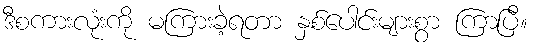
ဒီစကားလုံးကို မကြားခဲ့ရတာ နှစ်ပေါင်းများစွာ ကြာပြီ။